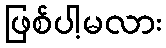
ဖြစ်ပါ့မလား